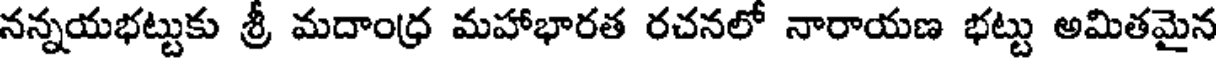
నన్నయభట్టుకు శ్రీ మదాంధ్ర మహాభారత రచనలో నారాయణ భట్టు అమితమైన